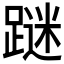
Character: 𲄀